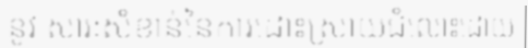
នូវ សារៈសំខាន់នៃការដោះស្រាយជំលោះដោយ